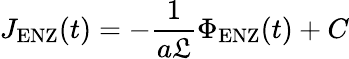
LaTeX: J_{\mathrm{ENZ}}(t)=-\frac{1}{a\mathfrak{L}}\Phi_{\mathrm{ENZ}}(t)+C